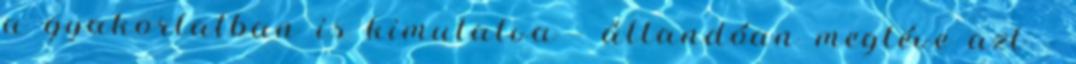
a gyakorlatban is kimutatva - állandóan megtéve azt -